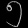
Digit: ၅